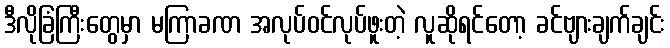
ဒီလိုခြံကြီးတွေမှာ မကြာခဏ အလုပ်ဝင်လုပ်ဖူးတဲ့ လူဆိုရင်တော့ ခင်ဗျားချက်ချင်း